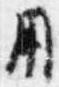
用